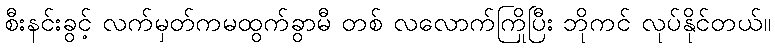
စီးနင်းခွင့် လက်မှတ်ကမထွက်ခွာမီ တစ် လလောက်ကြိုပြီး ဘိုကင် လုပ်နိုင်တယ်။